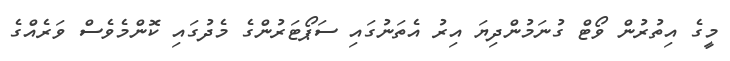
މީގެ އިތުރުން ވޯޓް ގުނަމުންދިޔަ އިރު އެެތަނުގައި ސަޕޯޓަރުންގެ މެދުގައި ކޮންމެވެސް ވަރެއްގެ